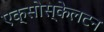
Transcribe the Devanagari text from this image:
एक्सोस्केलटन